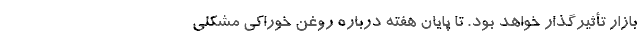
بازار تأثیرگذار خواهد بود. تا پایان هفته درباره روغن خوراکی مشکلی